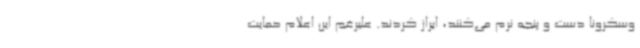
وسکرونا دست و پنجه نرم می‌کنند، ابراز کردند. علیرغم این اعلام حمایت